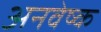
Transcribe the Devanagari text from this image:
अनवेष्क